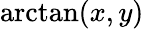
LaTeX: \arctan(x,y)